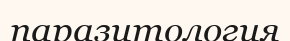
паразитология